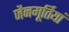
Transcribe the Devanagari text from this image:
जैनमूर्तियां